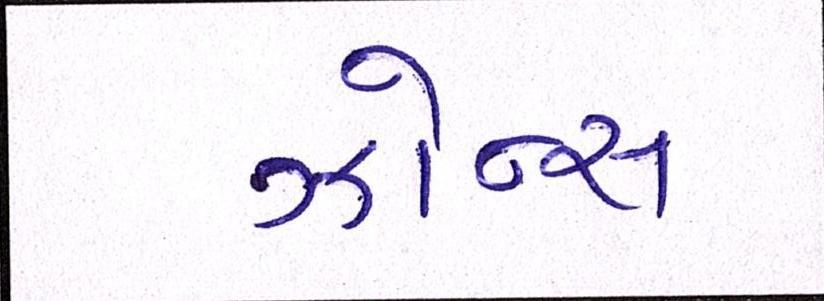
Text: ઝોન્સ